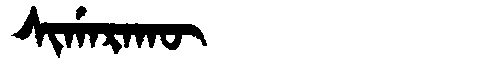
Manchu: ᠰᡳᡤᠠᡵᠠᡴᡡ
Romanization: SIGARAKŪ